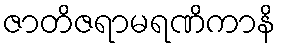
ဇာတိဇရာမရဏိကာနိ